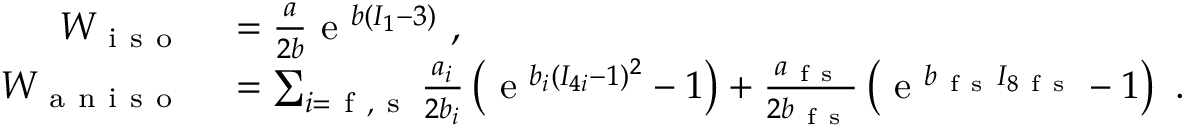
\begin{array} { r l } { W _ { \mathrm { ~ i ~ s ~ o ~ } } } & { { } = \frac { a } { 2 b } \mathrm { ~ e ~ } ^ { b ( I _ { 1 } - 3 ) } \mathrm { ~ , ~ } } \\ { W _ { \mathrm { ~ a ~ n ~ i ~ s ~ o ~ } } } & { { } = \sum _ { i = \mathrm { ~ f ~ } , \mathrm { ~ s ~ } } \frac { a _ { i } } { 2 b _ { i } } \left( \mathrm { ~ e ~ } ^ { b _ { i } ( I _ { 4 i } - 1 ) ^ { 2 } } - 1 \right) + \frac { a _ { \mathrm { ~ f ~ s ~ } } } { 2 b _ { \mathrm { ~ f ~ s ~ } } } \left( \mathrm { ~ e ~ } ^ { b _ { \mathrm { ~ f ~ s ~ } } I _ { 8 \mathrm { ~ f ~ s ~ } } } - 1 \right) \mathrm { ~ . ~ } } \end{array}